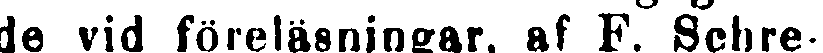
de vid föreläsningar, af F. Schre-